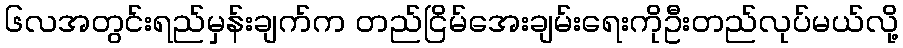
၆လအတွင်းရည်မှန်းချက်က တည်ငြိမ်အေးချမ်းရေးကိုဦးတည်လုပ်မယ်လို့